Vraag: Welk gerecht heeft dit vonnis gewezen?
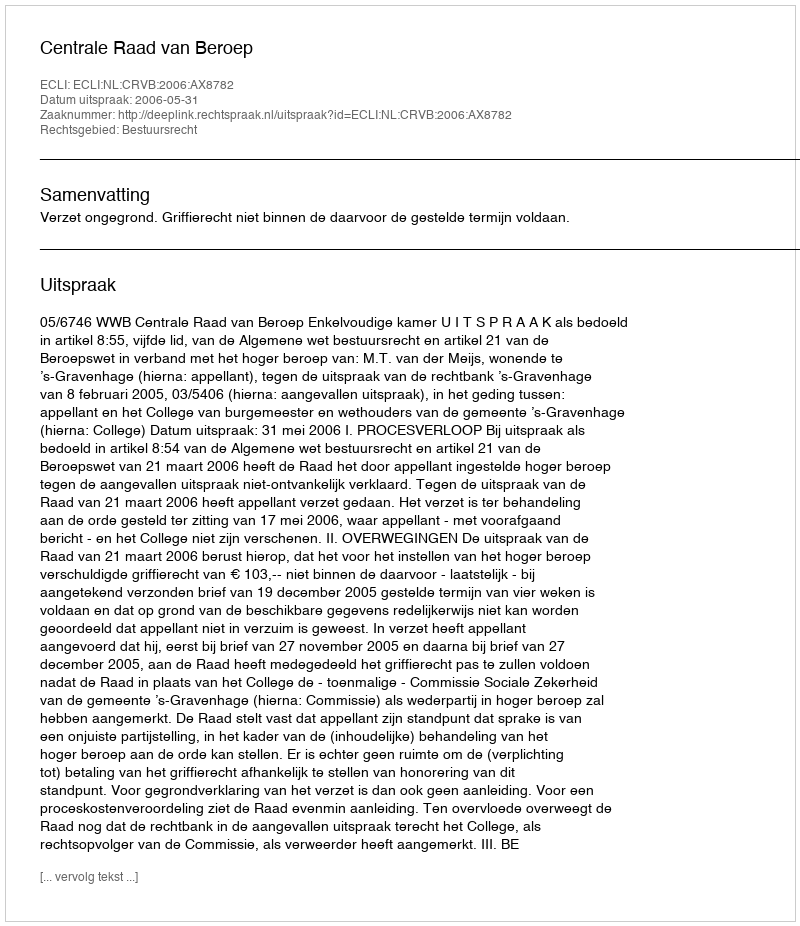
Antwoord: Centrale Raad van Beroep